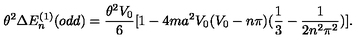
\theta ^ { 2 } \Delta E _ { n } ^ { ( 1 ) } ( o d d ) = \frac { \theta ^ { 2 } V _ { 0 } } { 6 } [ 1 - 4 m a ^ { 2 } V _ { 0 } ( V _ { 0 } - n \pi ) ( \frac { 1 } { 3 } - \frac { 1 } { 2 n ^ { 2 } \pi ^ { 2 } } ) ] .